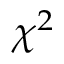
\chi ^ { 2 }